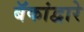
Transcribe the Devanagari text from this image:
बॅकांद्वारे